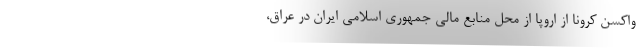
واکسن کرونا از اروپا از محل منابع مالی جمهوری اسلامی ایران در عراق،